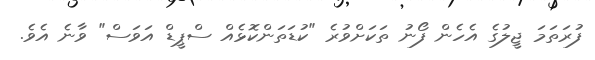
ފުރަތަމަ ޖީލުގެ އެހެން ފޯނު ތަކަށްވުރެ "ކުޑަތަންކޮޅެއް ސްޕީޑް އަވަސް" ވާނެ އެވެ.